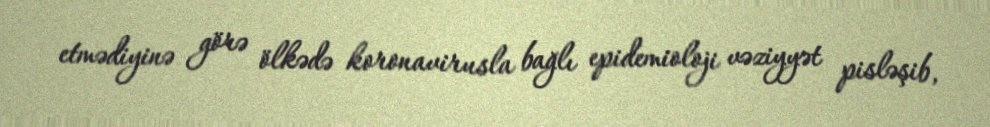
etmədiyinə görə ölkədə koronavirusla bağlı epidemioloji vəziyyət pisləşib,